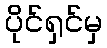
ပိုင်ရှင်မှ